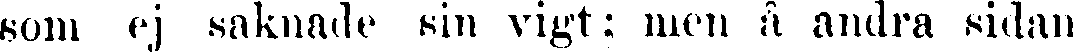
som ej saknade sin vigt: men å andra sidan